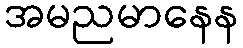
အမညမာနေန